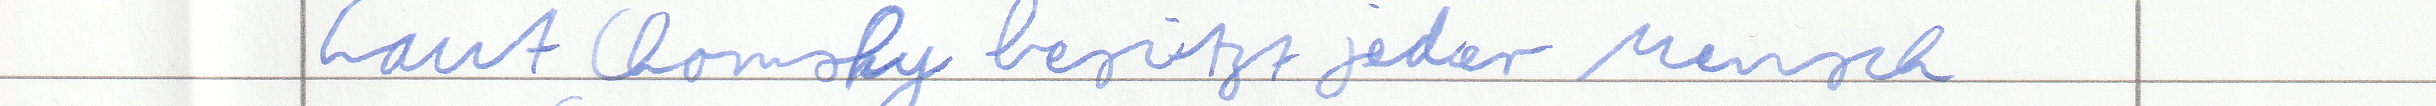
Laut Chomsky besitzt jeder Mensch